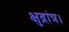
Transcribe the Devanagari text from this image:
क्षुद्रांत्र।